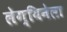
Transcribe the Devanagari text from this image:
लेग्यिनेला